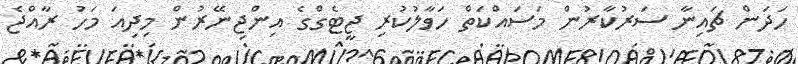
ހަދަން ޗައިނާ ސަރުކާރުން މަސައްކަތް ހަވާލުކުރި ޖީޓެގްގެ އިންޖިނޭރުން މިދިއަ މަހު ރާއްޖެ